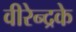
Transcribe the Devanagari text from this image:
वीरेन्द्रके